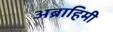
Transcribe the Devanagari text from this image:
अब्राहिमी